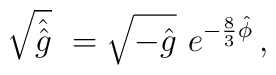
\sqrt{\hat{\hat{g}}}\ =\sqrt{-\hat{g}}\ e^{-\frac{8}{3}\hat{\phi}}\, ,